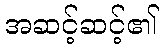
အဆင့်ဆင့်၏